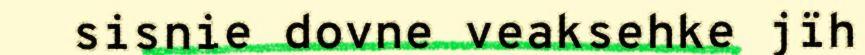
sisnie dovne veaksehke jïh